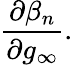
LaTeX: \frac{\partial\beta_{n}}{\partial g_{\infty}}.